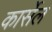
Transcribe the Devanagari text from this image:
कार्सेल